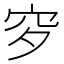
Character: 穸